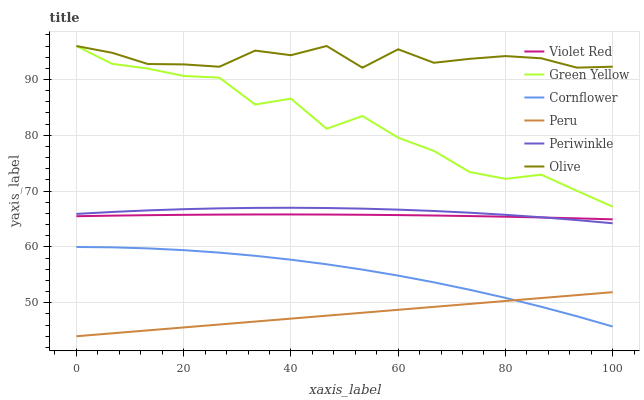
| xaxis_label | Violet Red | Green Yellow | Cornflower | Peru | Periwinkle | Olive |
 | --- | --- | --- | --- | --- | --- | --- |
 | 0 | 65.5 | 96 | 60 | 44 | 65.9 | 96 |
 | 6.67 | 65.6 | 92.8 | 59.9 | 44.5 | 66.3 | 94.8 |
 | 13.3 | 65.7 | 91.9 | 59.7 | 45.1 | 66.5 | 92.8 |
 | 20 | 65.8 | 90.6 | 59.4 | 45.6 | 66.8 | 92.7 |
 | 26.7 | 65.8 | 90.3 | 59 | 46.1 | 66.9 | 92.3 |
 | 33.3 | 65.8 | 85.5 | 58.4 | 46.6 | 67 | 95.2 |
 | 40 | 65.8 | 86.6 | 57.7 | 47.2 | 67 | 94.4 |
 | 46.7 | 65.8 | 81.2 | 56.9 | 47.7 | 67 | 96 |
 | 53.3 | 65.8 | 83.5 | 55.9 | 48.2 | 66.9 | 92.1 |
 | 60 | 65.7 | 79.6 | 54.9 | 48.7 | 66.7 | 95.4 |
 | 66.7 | 65.6 | 77.2 | 53.7 | 49.3 | 66.4 | 93 |
 | 73.3 | 65.5 | 73.4 | 52.3 | 49.8 | 66.1 | 93.7 |
 | 80 | 65.4 | 72.2 | 50.9 | 50.3 | 65.8 | 94.2 |
 | 86.7 | 65.3 | 73 | 49.3 | 50.8 | 65.3 | 93.8 |
 | 93.3 | 65.1 | 70.1 | 47.6 | 51.4 | 64.8 | 92.1 |
 | 100 | 64.9 | 67.2 | 45.7 | 51.9 | 64.2 | 92.3 |